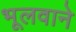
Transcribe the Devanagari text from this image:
भूलवाने